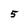
Character: 5